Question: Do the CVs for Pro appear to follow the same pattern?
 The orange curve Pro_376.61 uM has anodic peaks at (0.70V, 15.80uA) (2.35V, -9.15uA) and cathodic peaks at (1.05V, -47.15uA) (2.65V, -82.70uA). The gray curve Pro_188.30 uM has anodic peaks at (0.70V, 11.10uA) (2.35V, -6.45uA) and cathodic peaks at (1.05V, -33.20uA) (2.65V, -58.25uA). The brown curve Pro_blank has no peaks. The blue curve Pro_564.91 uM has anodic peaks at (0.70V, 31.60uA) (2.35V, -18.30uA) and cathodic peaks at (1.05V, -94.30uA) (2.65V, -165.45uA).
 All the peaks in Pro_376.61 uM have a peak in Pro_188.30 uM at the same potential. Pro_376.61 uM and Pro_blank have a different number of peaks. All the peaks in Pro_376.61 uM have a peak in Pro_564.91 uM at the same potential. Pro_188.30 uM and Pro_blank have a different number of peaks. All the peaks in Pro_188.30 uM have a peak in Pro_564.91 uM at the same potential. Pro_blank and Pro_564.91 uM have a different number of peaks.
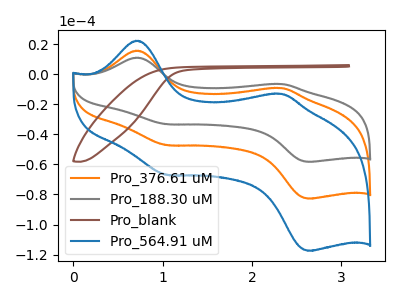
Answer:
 <answer>All the CV's of "Pro" have similar shape.</answer>
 <eval>follow_rule</eval>